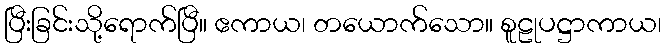
ပြီးခြင်းသို့ရောက်ပြီ။ ဧကာယ၊ တယောက်သော။ စူဠုပဋ္ဌာကာယ၊